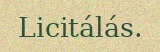
Licitálás.